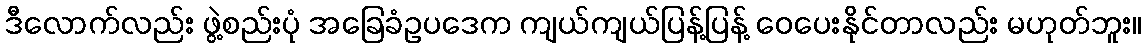
ဒီလောက်လည်း ဖွဲ့စည်းပုံ အခြေခံဥပဒေက ကျယ်ကျယ်ပြန့်ပြန့် ဝေပေးနိုင်တာလည်း မဟုတ်ဘူး။